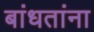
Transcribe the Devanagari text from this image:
बांधतांना